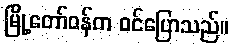
မြို့တော်ဝန်က ဝင်ပြောသည်။